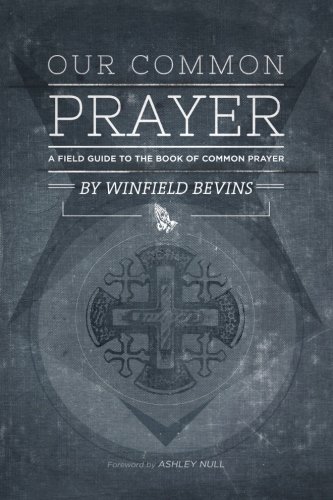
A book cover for Our Common Prayer: A Field Guide to the Book of Common Prayer; Winfield Bevins; Christian Books & Bibles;